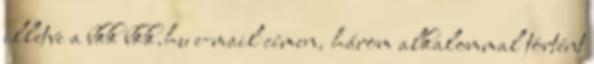
illetve a bkk bkk.hu e-mail címen. három alkalommal történt